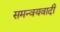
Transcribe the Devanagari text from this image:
समन्‍वयवादी